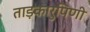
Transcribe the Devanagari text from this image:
ताड़कारुपिणी